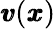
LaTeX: {\pmb v}({\pmb x})